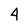
Character: 4